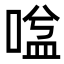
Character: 𭉃